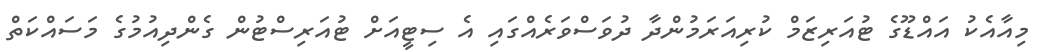
މިއާއެކު އައްޑޫގެ ޓުއަރިޒަމް ކުރިއަރަމުންދާ ދުވަސްވަރެއްގައި އެ ސިޓީއަށް ޓުއަރިސްޓުން ގެންދިއުމުގެ މަސައްކަތް